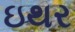
ઇથર